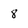
Character: 8